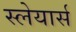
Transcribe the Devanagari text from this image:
स्लेयार्स